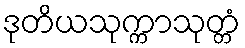
ဒုတိယသုက္ကာသုတ္တံ